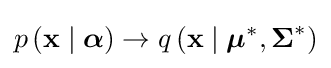
p\left(\mathbf {x} \mid {\boldsymbol {\alpha }}\right)\rightarrow q\left(\mathbf {x} \mid {\boldsymbol {\mu }}^{*},{\boldsymbol {\Sigma }}^{*}\right)